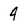
Character: 4